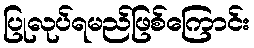
ပြုလုပ်ရမည်ဖြစ်ကြောင်း